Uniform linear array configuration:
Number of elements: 12
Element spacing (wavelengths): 1
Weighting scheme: binomial
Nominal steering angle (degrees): -30
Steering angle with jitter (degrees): -29.801
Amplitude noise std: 0.05
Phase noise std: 0.05

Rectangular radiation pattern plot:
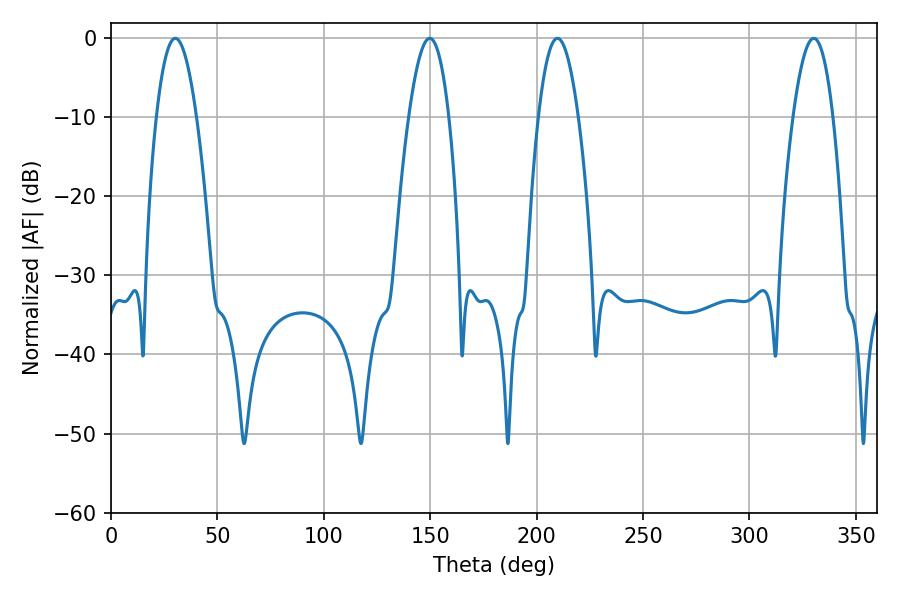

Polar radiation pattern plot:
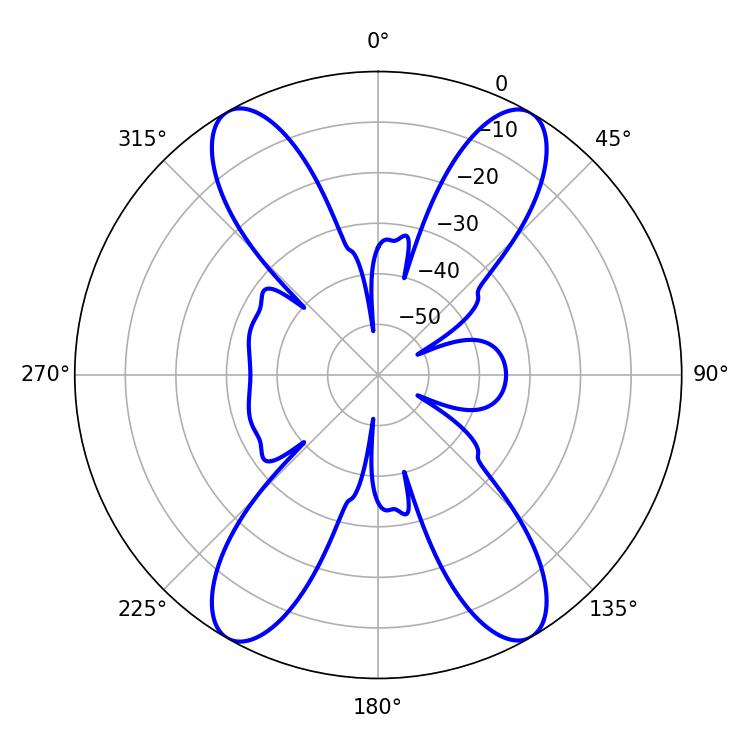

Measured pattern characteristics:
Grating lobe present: TRUE
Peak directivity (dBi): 27.265
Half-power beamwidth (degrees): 10.26
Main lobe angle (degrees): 30.24